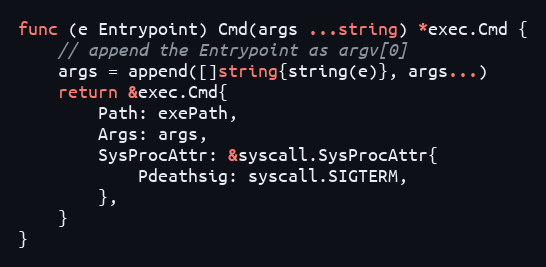
Language: Go
func (e Entrypoint) Cmd(args ...string) *exec.Cmd {
	// append the Entrypoint as argv[0]
	args = append([]string{string(e)}, args...)
	return &exec.Cmd{
		Path: exePath,
		Args: args,
		SysProcAttr: &syscall.SysProcAttr{
			Pdeathsig: syscall.SIGTERM,
		},
	}
}